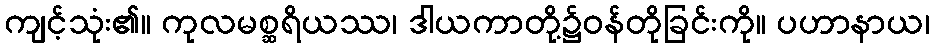
ကျင့်သုံး၏။ ကုလမစ္ဆရိယဿ၊ ဒါယကာတို့၌ဝန်တိုခြင်းကို။ ပဟာနာယ၊